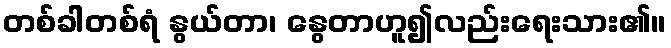
တစ်ခါတစ်ရံ နွယ်တာ၊ နွေတာဟူ၍လည်းရေးသား၏။